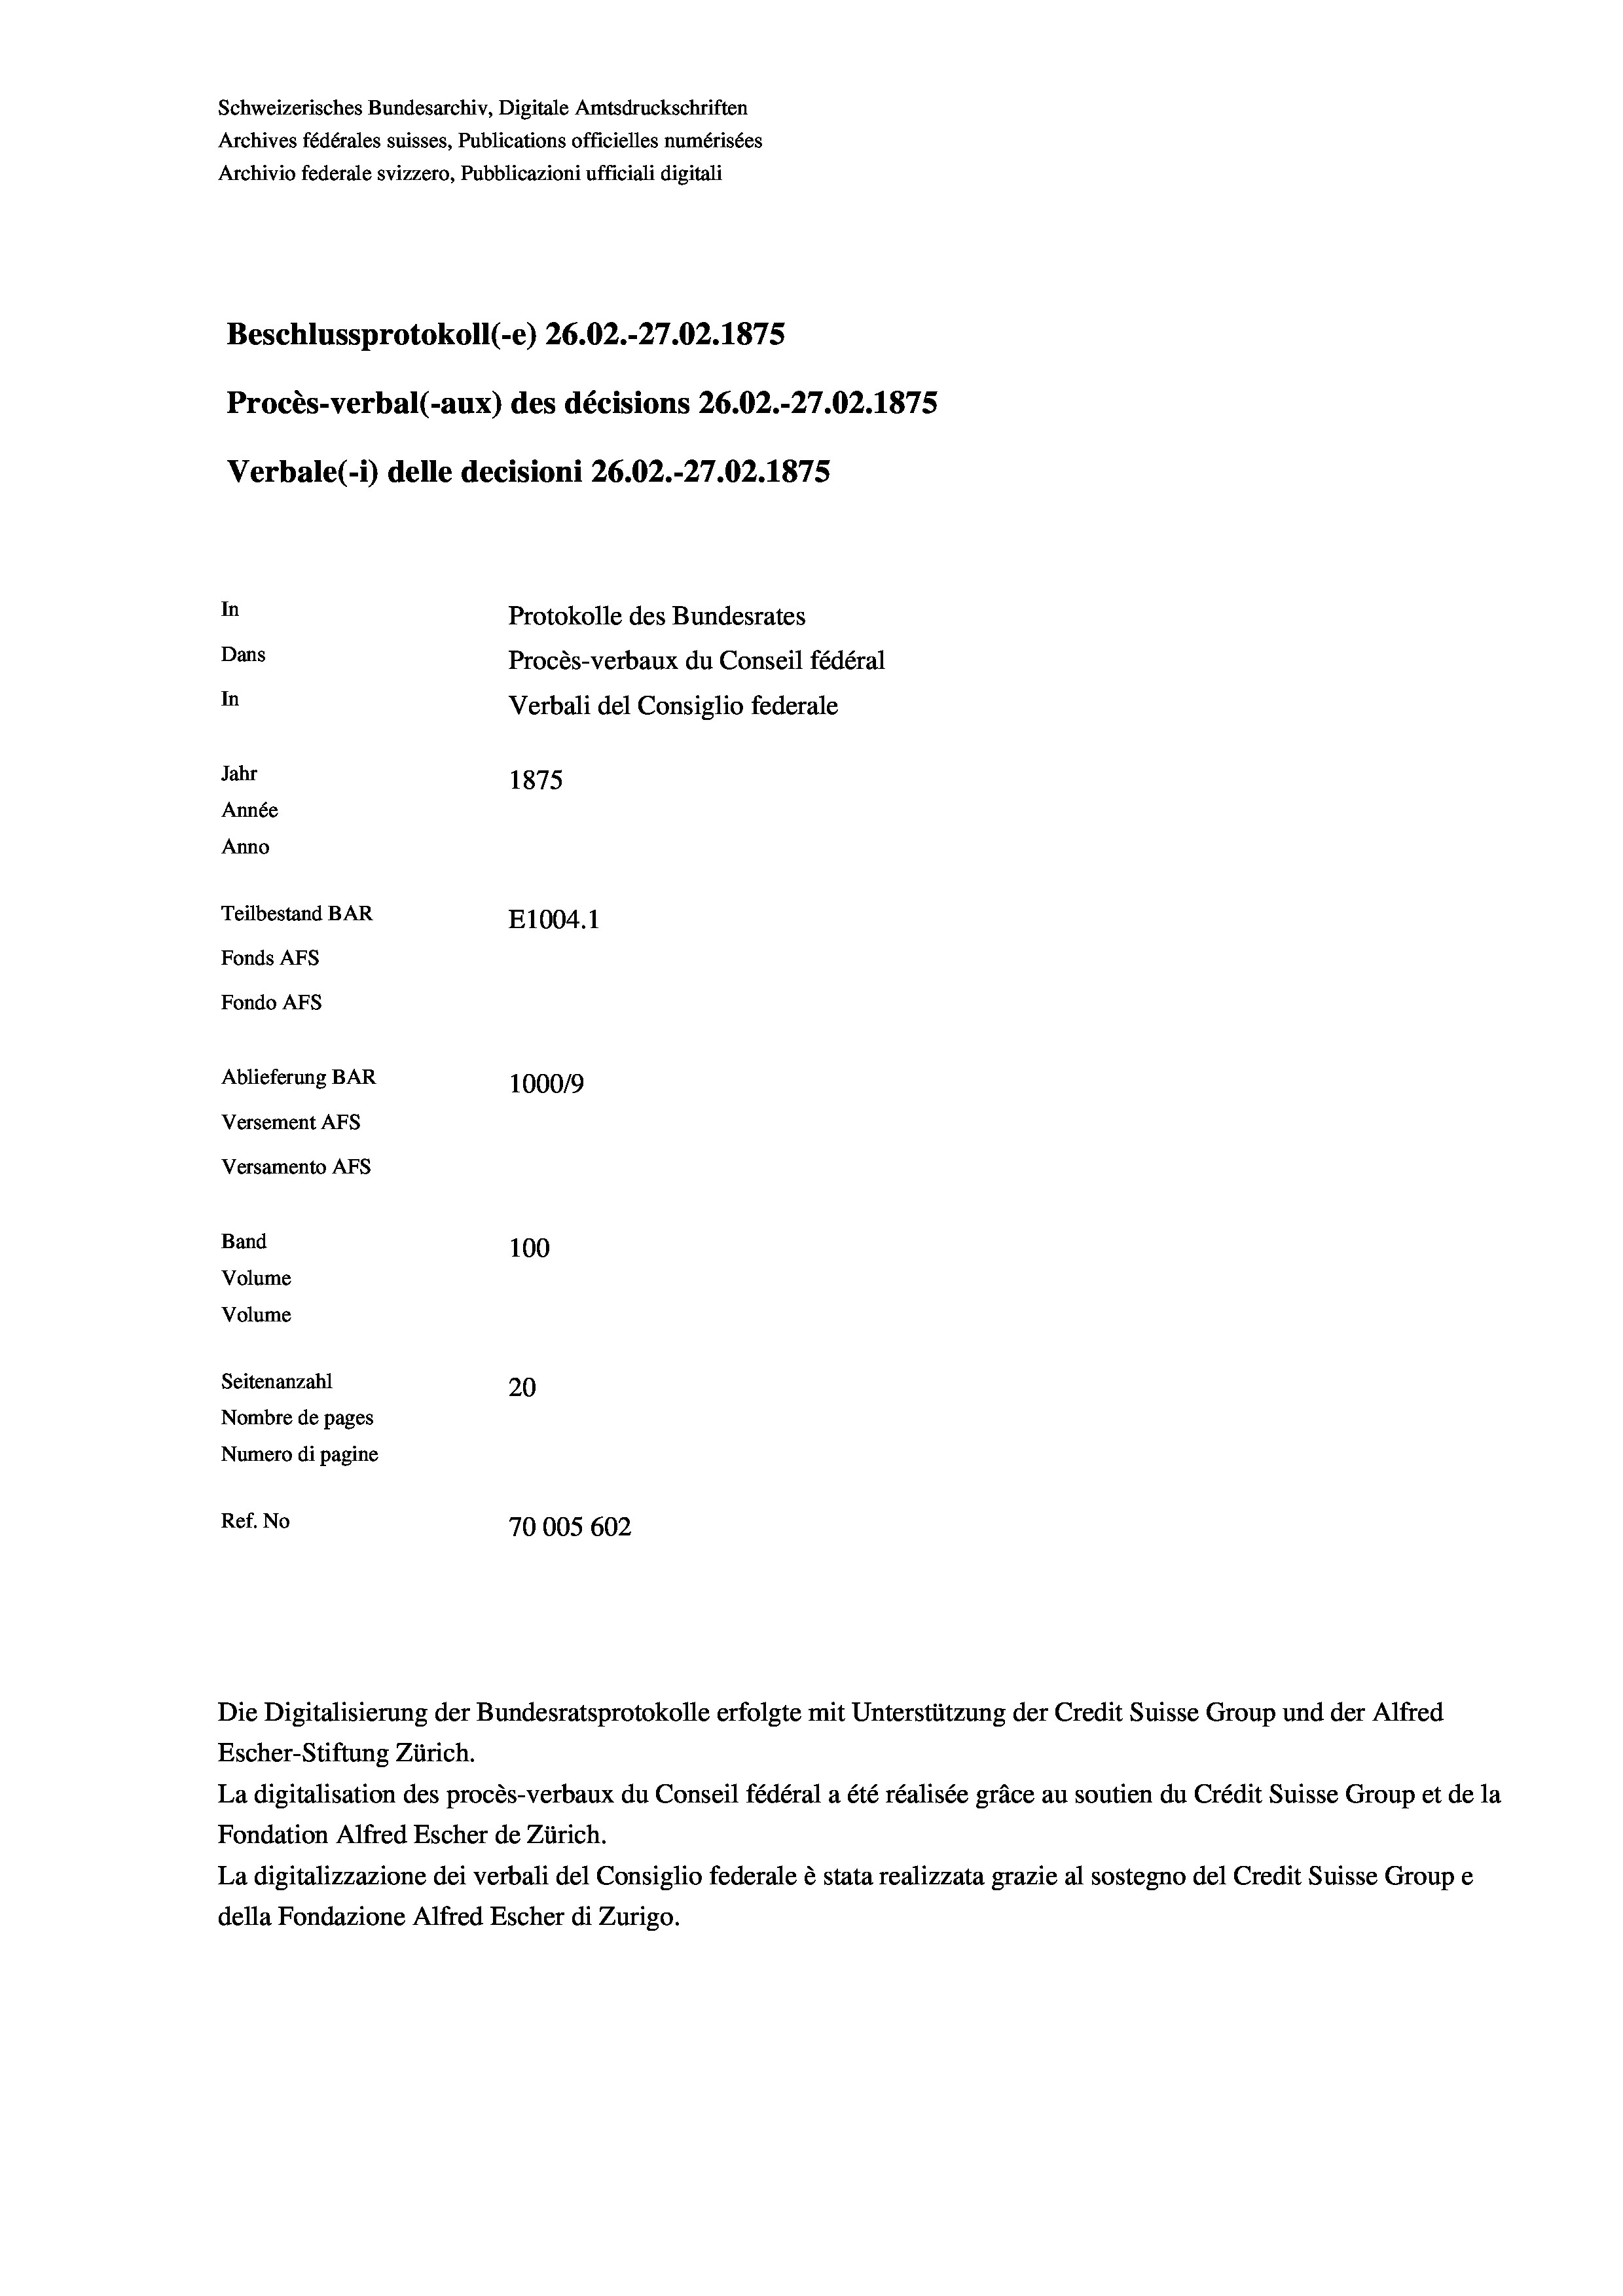
Schweizerisches Bundesarchiv, Digitale Amtsdruckschriften
Archives fédérales suisses, Publications officielles numérisées
Archivio federale svizzero, Pubblicazioni ufficiali digitali
Beschlussprotokoll (-e) 26.02.-27.02. 1875
Procès-verbal (-aux) des décisions 26.02.-27.02. 1875
Verbale (1) delle decisioni 26.02.-27.02. 1875
In
Protokolle des Bundesrates
Dans
Procès-verbaux du Conseil fédéral
In
Verbali del Consiglio federale
Jahr
1875
Année
Anno
Teilbestand BAR
E1004.1
Fonds AFs
Fondo Afs
Ablieferung BAR
10009
Versement Ans
Versamento Afs
Band
100
Volume
Volume

Seitenanzahl
20
Nombre de pages
Numero di pagine
Ref. No
70005 602

Die Digitalisierung der Bundesratsprotokolle erfolgte mit Unterstützung der Credit Suisse Group und der Alfred
Escher-Stiftung Zürich.
La digitalisation des procès-verbaux du Conseil fédéral a été réalisée gräce au soutien du Crédit Suisse Group et de la
Fondation Alfred Escher de Zürich.
La digitalizzazione dei verbali del Consiglio federale è stata realizzata grazie al sostegno del Credit Suisse Groupe
della Fondazione Alfred Escher di Zurigo.